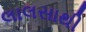
લાલસાથી